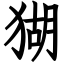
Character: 猢